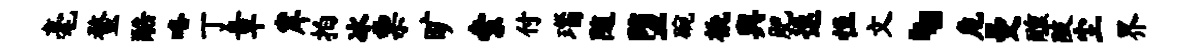
毫蝥酷咯丁章岸拍冰票旷索付瑙随堕碗橇舆肥速恒文、危曼醺陂尘界